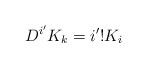
LaTeX: \begin{align*}D^{i'}K_k=i'!K_i\end{align*}